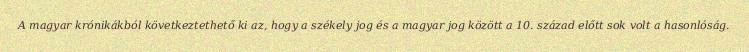
A magyar krónikákból következtethető ki az, hogy a székely jog és a magyar jog között a 10. század előtt sok volt a hasonlóság.